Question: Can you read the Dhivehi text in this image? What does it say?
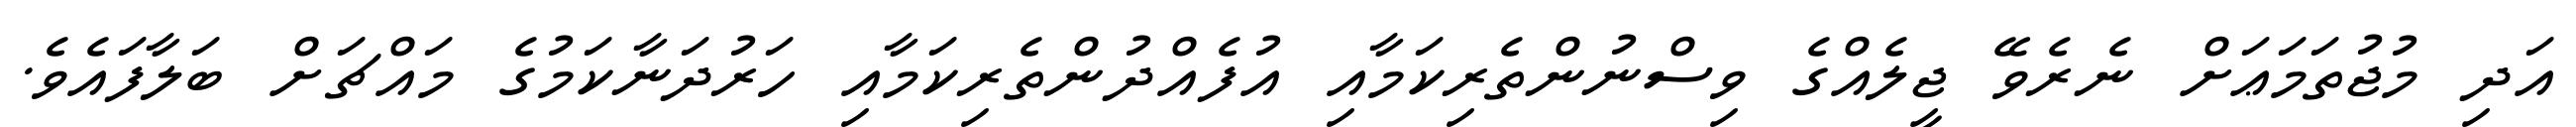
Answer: އަދި މުޖުތަމަޢަށް ނެރެވޭ ޖީލެއްގެ ވިސްނުންތެރިކަމާއި އުފެއްދުންތެރިކަމާއި ހަރުދަނާކަމުގެ މައްޗަށް ބަލާފައެވެ.